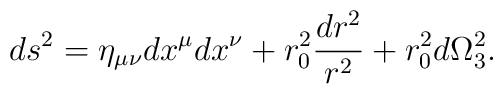
ds^2=\eta_{\mu\nu}dx^\mu dx^\nu+r_0^2\frac{dr^2}{r^2}+r_0^2d\Omega_3^2.